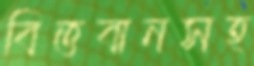
বিত্তবানসহ